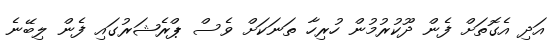
އަދި އެގޮތަށް ފެން ދޫކުރުމުން ހުރިހާ ތަނަކަށް ވެސް ޕްރެޝަރުގައި ފެން ލިބޭނެ